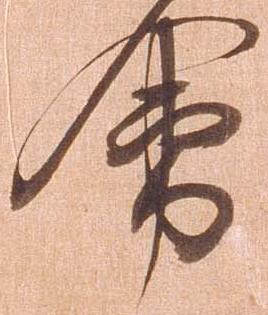
会